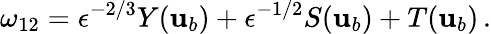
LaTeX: \omega_{12}=\epsilon^{-2/3}Y({\mathbf{u}}_{b})+\epsilon^{-1/2}S({\mathbf{u}}_{b})+T({\mathbf{u}}_{b})\, .